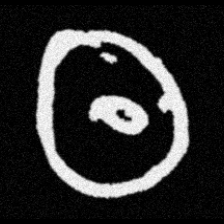
Pyu character \u2014 Myanmar letter: ထ (romanized: tha)